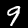
Label: 9